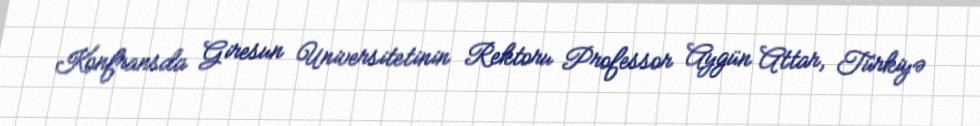
Konfransda Giresun Universitetinin Rektoru Professor Aygün Attar, Türkiyə